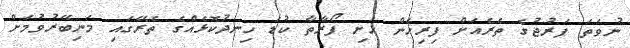
ނުވަތަ ފަރުޖުގެ ތެރެއަށް ފިރިހެން ހަށި ފޯރާތާ ކުޑަ ހިނދުކޮޅެއްގެ ތެރޭގައި މަނިބޭރުވުމަށް